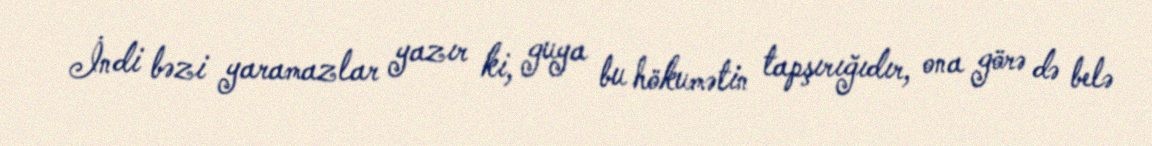
İndi bəzi yaramazlar yazır ki, guya bu hökumətin tapşırığıdır, ona görə də belə